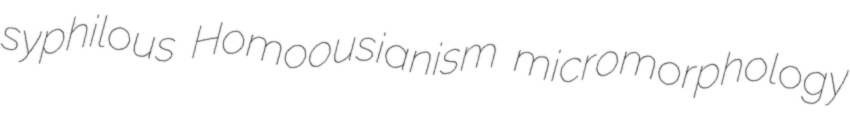
syphilous Homoousianism micromorphology